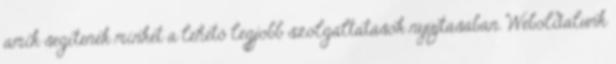
amik segítenek minket a lehető legjobb szolgáltatások nyújtásában. Weboldalunk